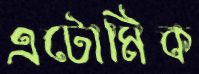
এটোমিক